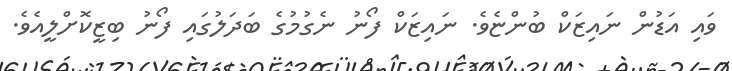
ވައި އަޑުން ނައިޒަކް ބުންޏެވެ. ނައިޒަކް ފޯނު ނެގުމުގެ ބަދަލުގައި ފޯނު ބިޒީކޮށްލީއެވެ.